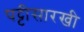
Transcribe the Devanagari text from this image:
पट्टीसारखी